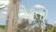
ટોકતો